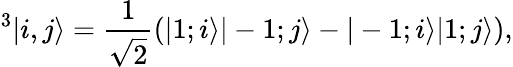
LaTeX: ^3|i,j\rangle=\frac{1}{\sqrt{2}}\left(|1;i\rangle|-1;j\rangle-|-1;i\rangle|1;j\rangle\right),